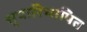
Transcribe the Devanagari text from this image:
सुपारिभाषित